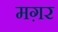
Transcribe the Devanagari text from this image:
मग़र